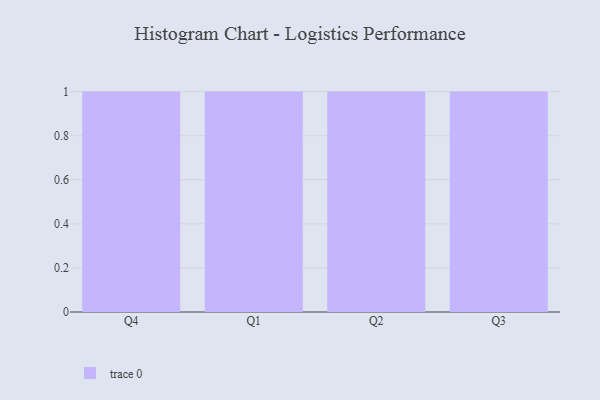
{"axis": {"x": "Quarter", "y": "Humidity (%)"}, "legend": [""], "data": [{"x": "Q4", "y": 6, "type": ""}, {"x": "Q1", "y": 69, "type": ""}, {"x": "Q2", "y": 92, "type": ""}, {"x": "Q3", "y": 23, "type": ""}]}